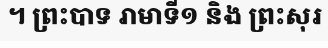
។ ព្រះបាទ រាមាទី១ និង ព្រះសុរ